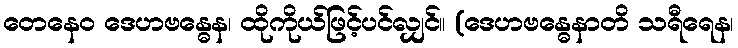
တေနေဝ ဒေဟဗန္ဓေန၊ ထိုကိုယ်ဖြင့်ပင်လျှင်။ (ဒေဟဗန္ဓေနာတိ သရီရေန၊